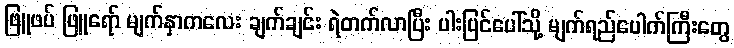
ဖြူဖပ် ဖြူရော် မျက်နှာကလေး ချက်ချင်း ရဲတက်လာပြီး ပါးပြင်ပေါ်သို့ မျက်ရည်ပေါက်ကြီးတွေ